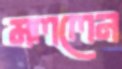
মললেন